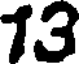
13